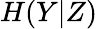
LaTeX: H(Y|Z)